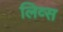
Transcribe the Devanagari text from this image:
लिव्स